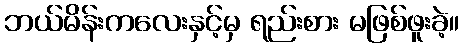
ဘယ်မိန်းကလေးနှင့်မှ ရည်းစား မဖြစ်ဖူးခဲ့။